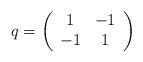
LaTeX: \begin{align*}q = \left( \begin{array}{cc} 1 & -1 \\ -1 & 1 \end{array} \right)\end{align*}